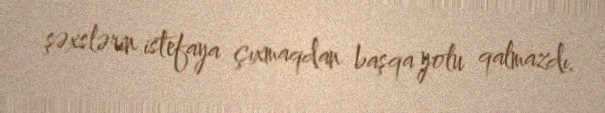
şəxslərin istefaya çıxmaqdan başqa yolu qalmazdı.